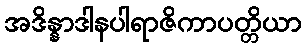
အဒိန္နာဒါနပါရာဇိကာပတ္တိယာ